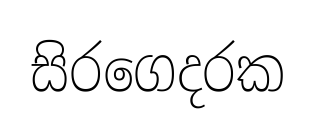
සිරගෙදරක